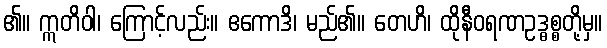
၏။ ဣတိဝါ၊ ကြောင့်လည်း။ ဧကောဒိ၊ မည်၏။ တေဟိ၊ ထိုနီဝရဏဥဒ္ဓစ္စတို့မှ။